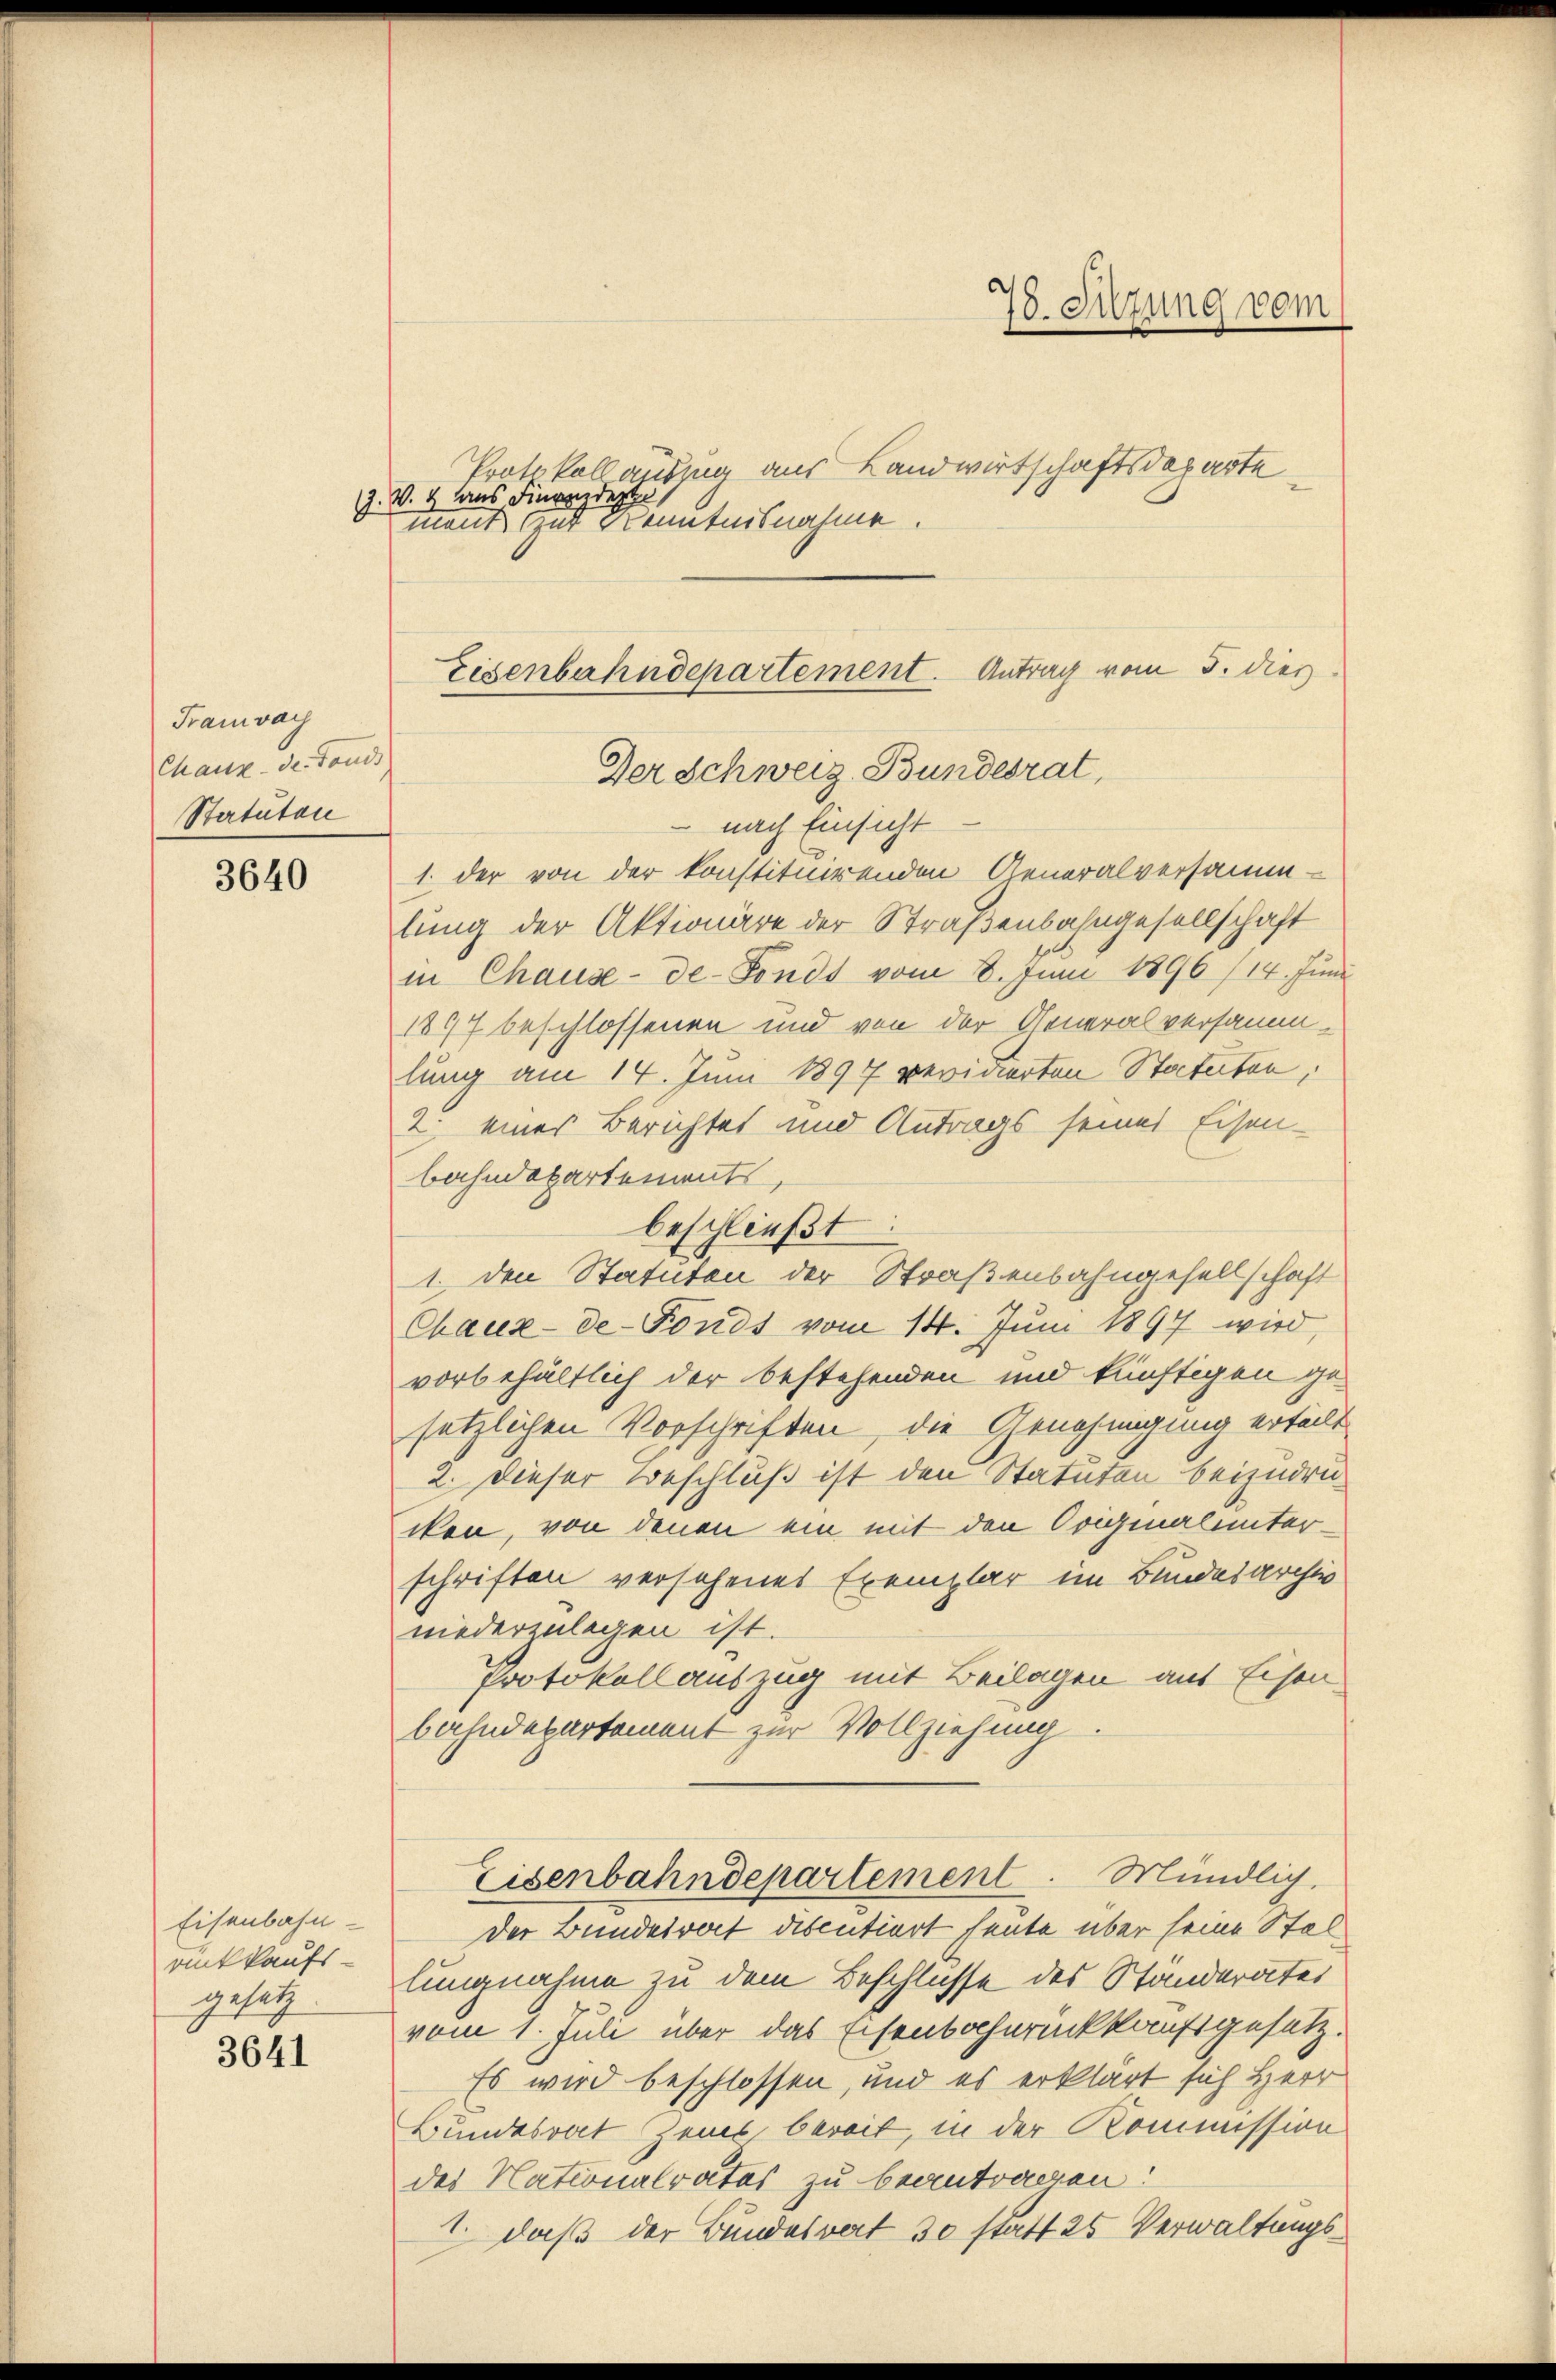
3640

Framway
Chaux-de-Fonds
Statuten

Eisenbahn-
atkaufs-
gesag
3641

Protokoll auszug aus Landwirtschaftsdeparte
Z. W. 4 aus Finanzdepte
Der Schweiz. Bundesrat
 nach Einsicht
1. der von der konstituirenden Generalversammlung der Aktionäre der Straßenbahngesellschaft
in Chause-de-Fonds vom 8. Juni 1896 /14. Jŭni
1877 beschlossenen und von der Generalversammlung am 14. Juni 1897 revidierten Statuten,
2. einer Berichtet und Antrags seines Eisen-
bahndepartements,
beschließt
1. den Statuten der Straßenbahngesellschaft
Chaux-de-Fonds vom 14. Juni 1894 wird,
vorbehältlich der bestehenden und künftigen ge-
setzlichen Vorschriften, die Genehmigung erteilt
2. Dieser Beschluß ist den Statuten beizudrucken, von denen ein mit den Originalunterschriften versehenes Exemplar im Bundesarchiv
niederzulegen ist.
Protokoll auszug mit Beilagen aus Eisen
bahndepartement zur Vollziehung
Eisenbahndepartement. Mündlich,
Der Bundesvort discutiert heute über seine Stellungnahme zu dem Beschlusse des Standerates
vom 1. Juli über das Eisenbahnrückkaufsgesetz¬
Es wird beschlossen, und es erklärt sich Herr
Bundesrat Zeit bereit, in der Kommission
des Nationalrates zu beantragen:
1. daß der Bundesvert 30 statt 25 Verwaltungs¬

ment zur Kenntnisnahme.

78. Sitzung vom

Eisenbahndepartement. Antrag vom 5. dies